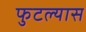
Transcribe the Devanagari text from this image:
फुटल्यास